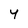
Character: y